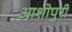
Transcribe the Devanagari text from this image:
आशोपुरी